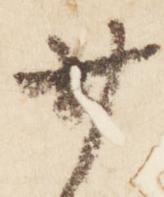
廿